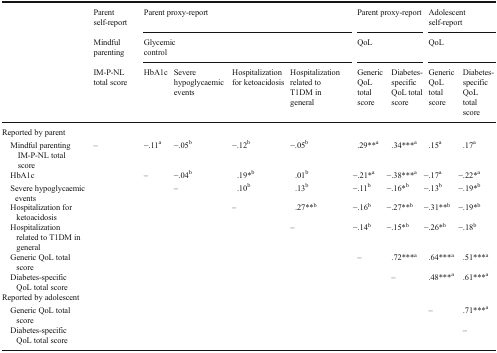
<table><thead><tr><td rowspan="3"></td><td><b>Parent self-report</b></td><td colspan="4"><b>Parent proxy-report</b></td><td colspan="2"><b>Parent proxy-report</b></td><td colspan="2"><b>Adolescent self-report</b></td></tr><tr><td><b>Mindful parenting</b></td><td colspan="4"><b>Glycemic control</b></td><td colspan="2"><b>QoL</b></td><td colspan="2"><b>QoL</b></td></tr><tr><td><b>IM-P-NL total score</b></td><td><b>HbA1c</b></td><td><b>Severe hypoglycaemic events</b></td><td><b>Hospitalization for ketoacidosis</b></td><td><b>Hospitalization related to T1DM in general</b></td><td><b>Generic QoL total score</b></td><td><b>Diabetes-specific QoL total score</b></td><td><b>Generic QoL total score</b></td><td><b>Diabetes-specific QoL total score</b></td></tr></thead><tbody><tr><td colspan="10">Reported by parent</td></tr><tr><td> Mindful parenting IM-P-NL total score</td><td>–</td><td>−.11<sup>a</sup></td><td>−.05<sup>b</sup></td><td>−.12<sup>b</sup></td><td>−.05<sup>b</sup></td><td>.29**<sup>a</sup></td><td>.34***<sup>a</sup></td><td>.15<sup>a</sup></td><td>.17<sup>a</sup></td></tr><tr><td> HbA1c</td><td></td><td>–</td><td>−.04<sup>b</sup></td><td>.19*<sup>b</sup></td><td>.01<sup>b</sup></td><td>−.21*<sup>a</sup></td><td>−.38***<sup>a</sup></td><td>−.17<sup>a</sup></td><td>−.22*<sup>a</sup></td></tr><tr><td> Severe hypoglycaemic events</td><td></td><td></td><td>–</td><td>.10<sup>b</sup></td><td>.13<sup>b</sup></td><td>−.11<sup>b</sup></td><td>−.16*<sup>b</sup></td><td>−.13<sup>b</sup></td><td>−.19*<sup>b</sup></td></tr><tr><td> Hospitalization for ketoacidosis</td><td></td><td></td><td></td><td>–</td><td>.27**<sup>b</sup></td><td>−.16<sup>b</sup></td><td>−.27**<sup>b</sup></td><td>−.31**<sup>b</sup></td><td>−.19*<sup>b</sup></td></tr><tr><td> Hospitalization related to T1DM in general</td><td></td><td></td><td></td><td></td><td>–</td><td>−.14<sup>b</sup></td><td>−.15*<sup>b</sup></td><td>−.26*<sup>b</sup></td><td>−.18<sup>b</sup></td></tr><tr><td> Generic QoL total score</td><td></td><td></td><td></td><td></td><td></td><td>–</td><td>.72***<sup>a</sup></td><td>.64***<sup>a</sup></td><td>.51***<sup>a</sup></td></tr><tr><td> Diabetes-specific QoL total score</td><td></td><td></td><td></td><td></td><td></td><td></td><td>–</td><td>.48***<sup>a</sup></td><td>.61***<sup>a</sup></td></tr><tr><td colspan="10">Reported by adolescent</td></tr><tr><td> Generic QoL total score</td><td></td><td></td><td></td><td></td><td></td><td></td><td></td><td>–</td><td>.71***<sup>a</sup></td></tr><tr><td> Diabetes-specific QoL total score</td><td></td><td></td><td></td><td></td><td></td><td></td><td></td><td></td><td>–</td></tr></tbody></table>